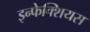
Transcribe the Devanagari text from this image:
इन्फेक्शियस